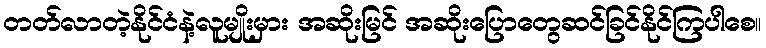
တတ်လာတဲ့နိုင်ငံနဲ့လူမျိုးမှား အဆိုးမြင် အဆိုးပြောတွေဆင်ခြင်နိုင်ကြပါစေ။